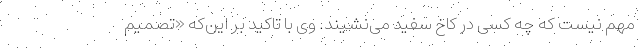
مهم نیست که چه کسی در کاخ سفید می‌نشیند. وی با تاکید بر این‌که «تصمیم